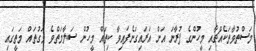
މަސްތުވާތަކެއްޗާއި މީހުންގެ ފުރާނަ އަށް އަރައިގަނެފައިވާ ކިތައް މީހުން ސަލާމަތްވެ މަގުތައް މަތީގައި